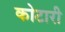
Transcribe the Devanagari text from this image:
कोटारी